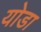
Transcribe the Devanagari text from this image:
योडा